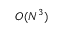
O ( N ^ { 3 } )